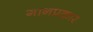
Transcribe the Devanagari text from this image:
गानप्रकार